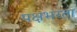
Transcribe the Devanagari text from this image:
पक्षभरता